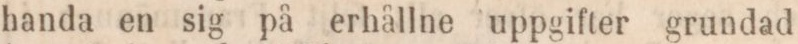
handa en sig på erhållne uppgifter grundad